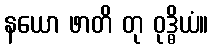
နယော ဖာတိ တု ဝုဒ္ဓိယံ။